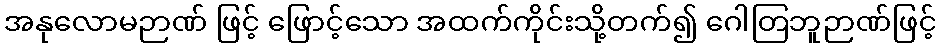
အနုလောမဉာဏ် ဖြင့် ဖြောင့်သော အထက်ကိုင်းသို့တက်၍ ဂေါတြဘူဉာဏ်ဖြင့်